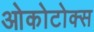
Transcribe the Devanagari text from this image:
ओकोटोक्स